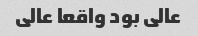
عالی بود واقعا عالی